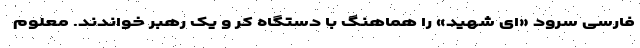
فارسی سرود «ای شهید» را هماهنگ با دستگاه کر و یک رهبر خواندند. معلوم